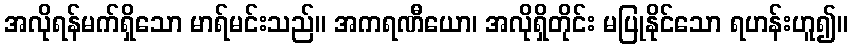
အလိုရန်မက်ရှိသော မာရ်မင်းသည်။ အကရဏီယော၊ အလိုရှိတိုင်း မပြုနိုင်သော ရဟန်းဟူ၍။